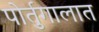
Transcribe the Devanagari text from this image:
पोर्तुगालात